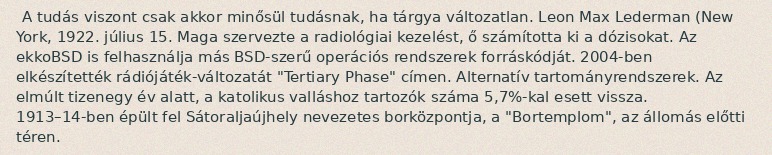
A tudás viszont csak akkor minősül tudásnak, ha tárgya változatlan. Leon Max Lederman (New York, 1922. július 15. Maga szervezte a radiológiai kezelést, ő számította ki a dózisokat. Az ekkoBSD is felhasználja más BSD-szerű operációs rendszerek forráskódját. 2004-ben elkészítették rádiójáték-változatát "Tertiary Phase" címen. Alternatív tartományrendszerek. Az elmúlt tizenegy év alatt, a katolikus valláshoz tartozók száma 5,7%-kal esett vissza. 1913–14-ben épült fel Sátoraljaújhely nevezetes borközpontja, a "Bortemplom", az állomás előtti téren.